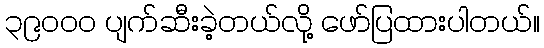
၃၉၀၀၀ ပျက်ဆီးခဲ့တယ်လို့ ဖော်ပြထားပါတယ်။